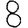
Digit: 8